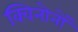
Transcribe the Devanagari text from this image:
क्विनोनों